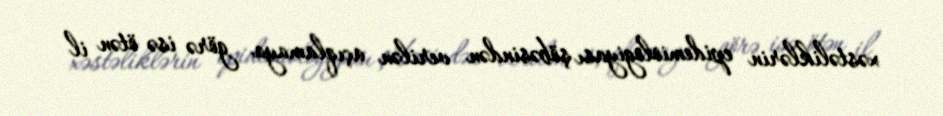
xəstəliklərin epidemiologiyası şöbəsindən verilən açıqlamaya görə isə ötən il